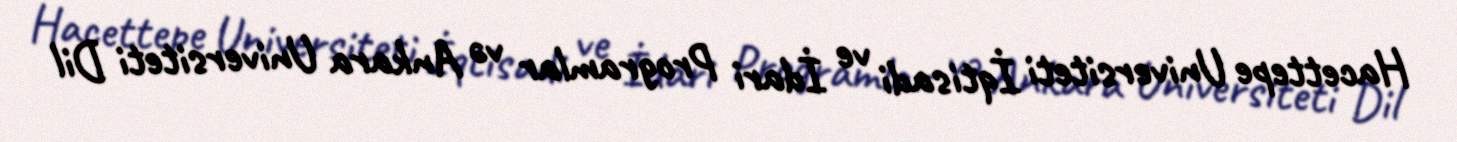
Hacettepe Universiteti İqtisadi ve İdari Programlar və Ankara Universiteti Dil